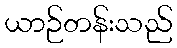
ယာဉ်တန်းသည်